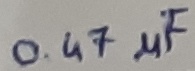
Text: 0.47µF